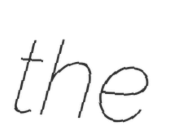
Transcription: the